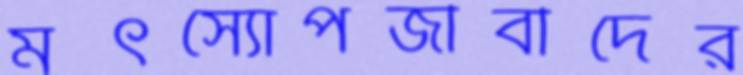
মৎস্যোপজীবীদের